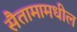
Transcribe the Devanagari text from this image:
सैतामामधील